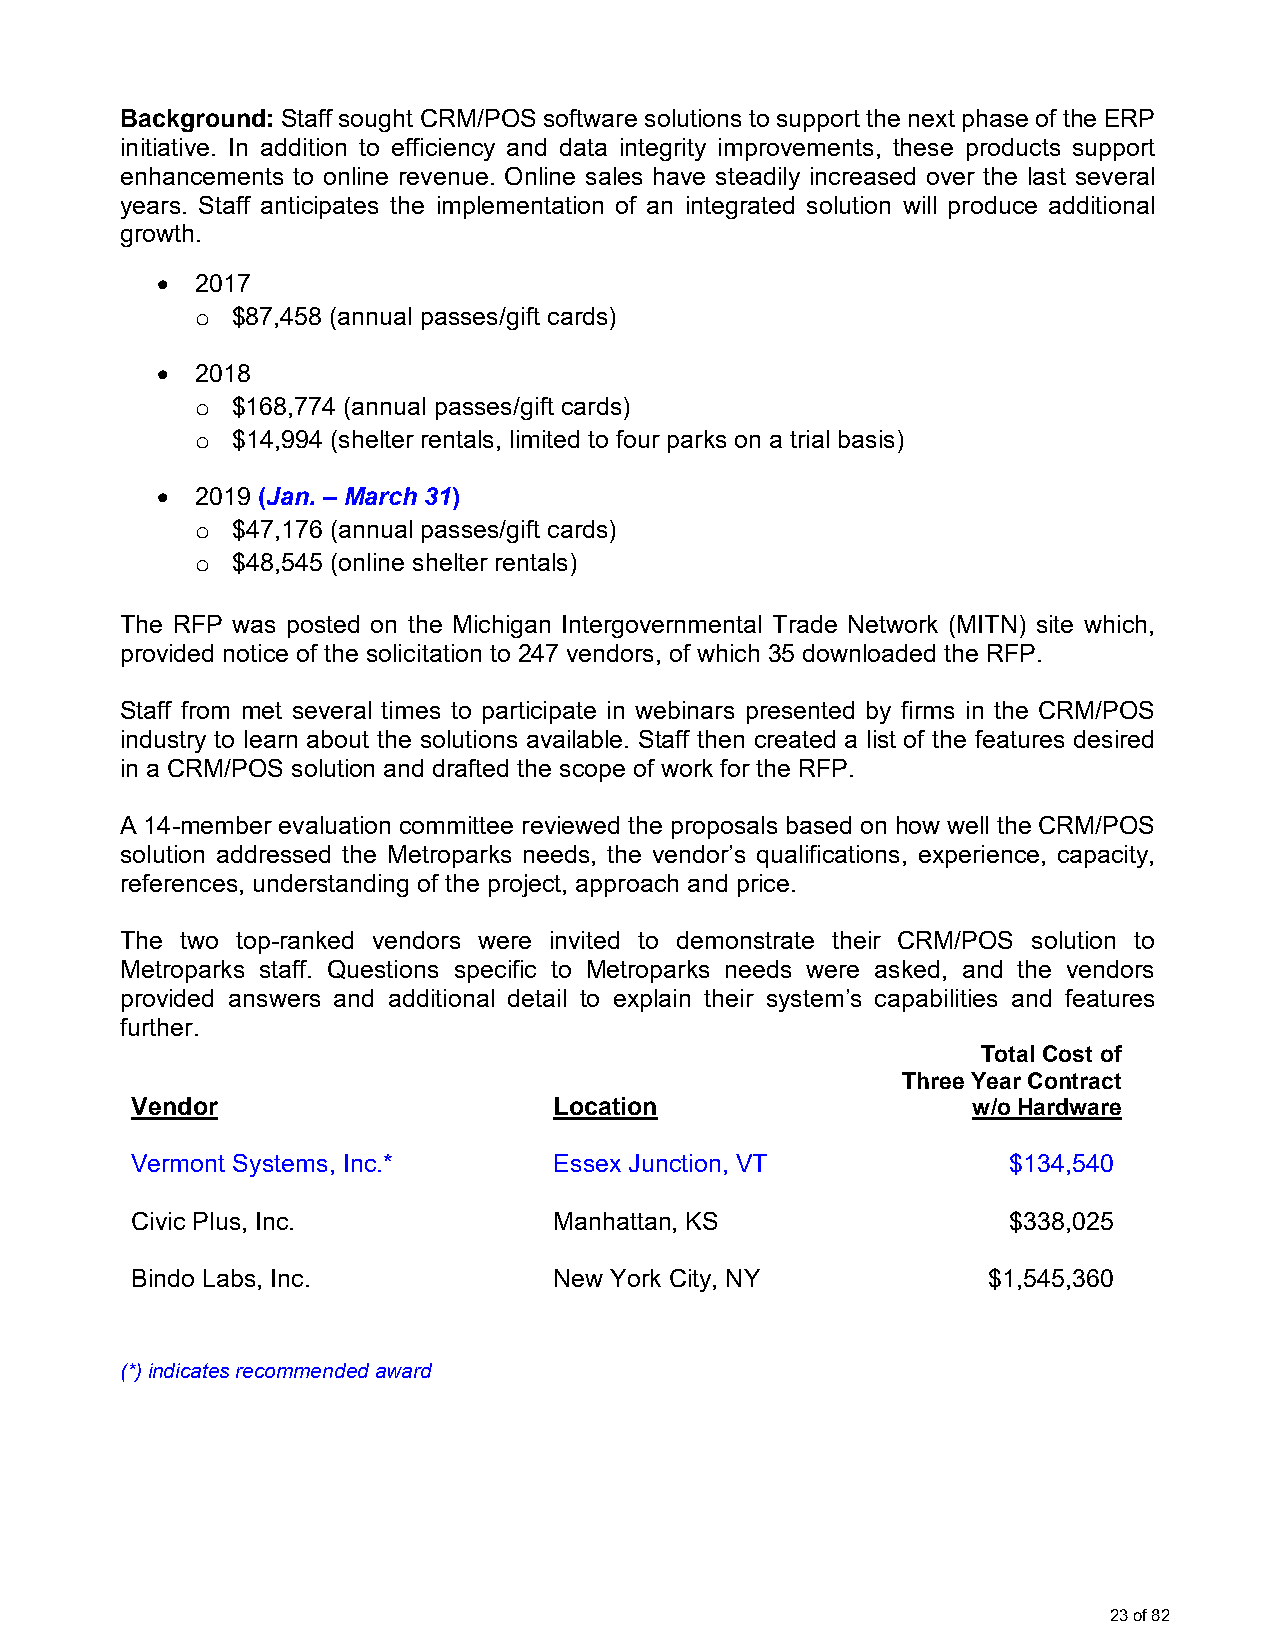
Background: Staff sought CRM/POS software solutions to support the next phase of the ERP
 initiative. In addition to efficiency and data integrity improvements, these products support
 enhancements to online revenue. Online sales have steadily increased over the last several
 years. Staff anticipates the implementation of an integrated solution will produce additional
 growth.
 •  2017
 $87,458 (annual passes/gift cards)
 o
 •  2018
 $168,774 (annual passes/gift cards)
 o
 $14,994 (shelter rentals, limited to four parks on a trial basis)
 o
 •  2019 (Jan. – March 31)
 $47,176 (annual passes/gift cards)
 o
 $48,545 (online shelter rentals)
 o
 The RFP was posted on the Michigan Intergovernmental Trade Network (MITN) site which,
 provided notice of the solicitation to 247 vendors, of which 35 downloaded the RFP.
 Staff from met several times to participate in webinars presented by firms in the CRM/POS
 industry to learn about the solutions available. Staff then created a list of the features desired
 in a CRM/POS solution and drafted the scope of work for the RFP.
 A 14-member evaluation committee reviewed the proposals based on how well the CRM/POS
 solution addressed the Metroparks needs, the vendor’s qualifications, experience, capacity,
 references, understanding of the project, approach and price.
 The two top-ranked vendors were invited to demonstrate their CRM/POS solution to
 Metroparks staff. Questions specific to Metroparks needs were asked, and the vendors
 provided answers and additional detail to explain their system’s capabilities and features
 further.
 Total Cost of
 Three Year Contract
 Vendor                      Location                   w/o Hardware
 Vermont Systems, Inc.*      Essex Junction, VT            $134,540
 Civic Plus, Inc.            Manhattan, KS                 $338,025
 Bindo Labs, Inc.            New York City, NY           $1,545,360
 (*) indicates recommended award
 23 of 82